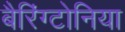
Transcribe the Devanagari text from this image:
बैरिंग्टोनिया